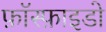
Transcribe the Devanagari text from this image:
फ़ॉस्फ़ाइडो